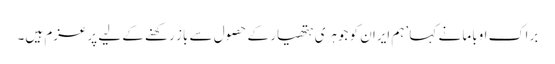
براک اوباما نے کہا ’ہم ایران کو جوہری ہتھیار کے حصول سے باز رکھنے کے لیے پرعزم ہیں۔